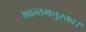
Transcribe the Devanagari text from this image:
भवन्तमनुरक्ता।